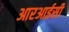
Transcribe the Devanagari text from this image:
आरआईसी